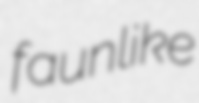
faunlike